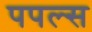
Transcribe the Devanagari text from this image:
पपल्स